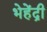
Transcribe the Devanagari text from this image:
भेहेंद्री